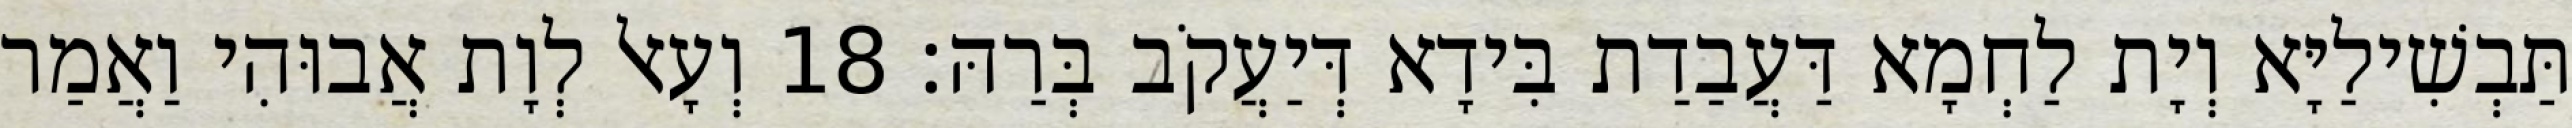
תַּבְשִׁילַיָּא וְיָת לַחְמָא דַּעֲבַדַת בִּידָא דְּיַעֲקֹב בְּרַהּ׃ 18 וְעָאל לְוָת אֲבוּהִי וַאֲמַר